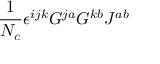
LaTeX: \frac 1 { N _ { c } } \epsilon ^ { i j k } G ^ { j a } G ^ { k b } J ^ { a b }